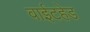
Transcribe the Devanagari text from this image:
वाईटहेड